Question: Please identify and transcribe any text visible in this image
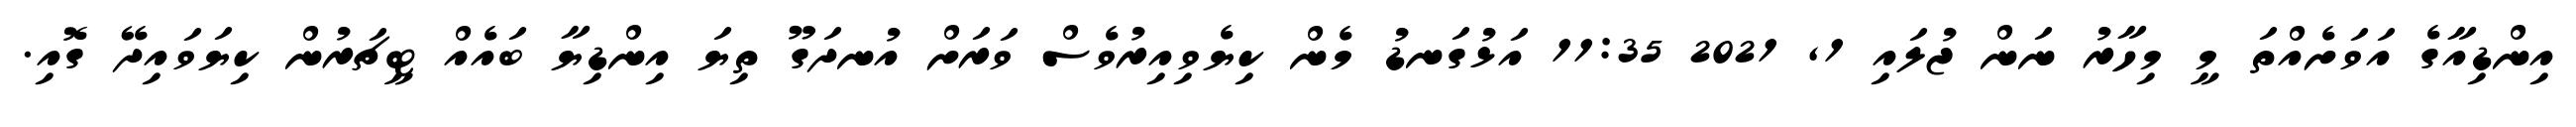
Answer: އިންޑިއާގެ އަވަށެއްތަ މީ މިހާރު ނަން ޖުލައި 1, 2021 11:35 އަޅުގަނޑު މެން ކިޔެވިއިރުވެސް ވަރަށް އުނދަގޫ ތިޔަ އިންޑިޔާ ބައެއް ޓީޗަރުން ކިޔަވައިދޭ ގޮއި.